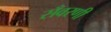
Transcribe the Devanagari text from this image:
सँवरणी